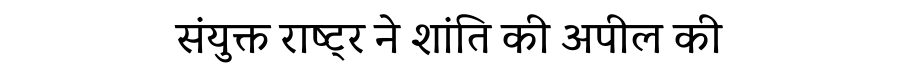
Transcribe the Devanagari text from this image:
संयुक्त राष्ट्र ने शांति की अपील की